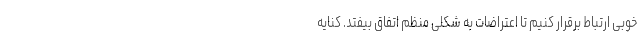
خوبی ارتباط برقرار کنیم تا اعتراضات به شکلی منظم اتفاق بیفتد. کنایه